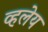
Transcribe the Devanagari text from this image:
व्हलेय